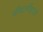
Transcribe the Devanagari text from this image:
चीयर्लीडार्ज़